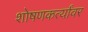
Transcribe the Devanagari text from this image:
शोषणकर्त्यांवर